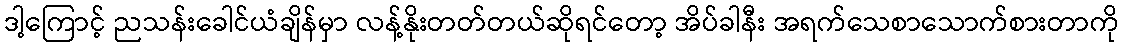
ဒါ့ကြောင့် ညသန်းခေါင်ယံချိန်မှာ လန့်နိုးတတ်တယ်ဆိုရင်တော့ အိပ်ခါနီး အရက်သေစာသောက်စားတာကို